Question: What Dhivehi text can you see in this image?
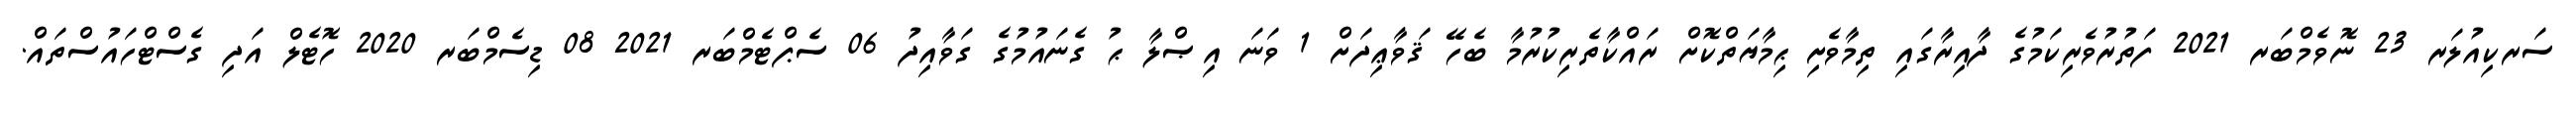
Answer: ސަރކިއުލަރ 23 ނޮވެމްބަރ 2021 ފަތުރުވެރިކަމުގެ ދާއިރާގައި ތިމާވެށި ޙިމާޔަތްކޮށް ރައްކާތެރިކުރުމާ ބެހޭ ޤަވާޢިދަށް 1 ވަނަ އިޞްލާ ޙު ގެނައުމުގެ ގަވާއިދު 06 ސެޕްޓެމްބަރ 2021 08 ޑިސެމްބަރ 2020 ހޮޓެލް އަދި ގެސްޓްހައުސްތައް.